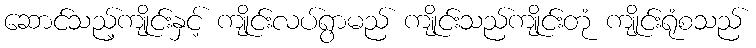
ဆောင်သည့်ကျိုင်းနှင့် ကျိုင်းလပ်ရွာမည် ကျိုင်းသည်ကျိုင်းတုံ ကျိုင်းရုံစသည်